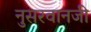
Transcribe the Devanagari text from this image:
नुसरवानजी